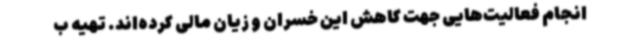
انجام فعالیت‌هایی جهت کاهش این خسران و زیان مالی کرده‌اند. تهیه ب